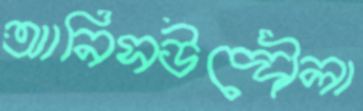
আনিসউদ্দৌলা